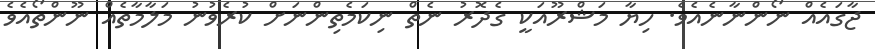
ޖާގައެއް ނޯންނާނެއެވެ. ހިޔާ މަޝްރޫއަކީ ގެދޮރު ނެތް ނިކަމެތިންނަށް ކުރެވުނު މަލާމާތެއް ނޫންތޯއެވެ